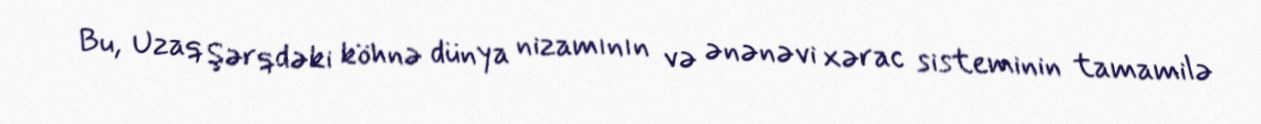
Bu, Uzaq Şərqdəki köhnə dünya nizamının və ənənəvi xərac sisteminin tamamilə